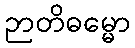
ဉာတိဓမ္မော